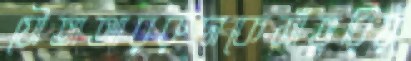
যৌতাআররুদাকেসাঁতুরিয়